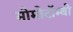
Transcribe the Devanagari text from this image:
मोमोटॉम्बो